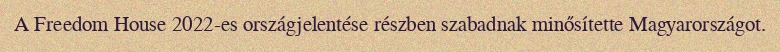
A Freedom House 2022-es országjelentése részben szabadnak minősítette Magyarországot.